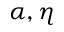
\alpha , \eta